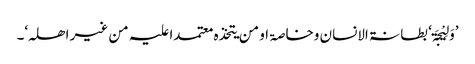
’وَلِیْجَۃ‘ بطانۃ الانسان وخاصۃ او من یتخذہ معتمدا علیہ من غیر اھلہ‘۔